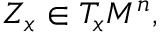
Z _ { x } \in T _ { x } M ^ { n } ,